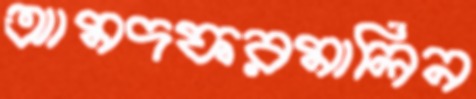
আমদফরমালিন